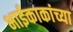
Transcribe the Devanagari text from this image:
भाईकाकांच्या